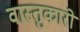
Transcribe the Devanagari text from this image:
वास्तुकारो